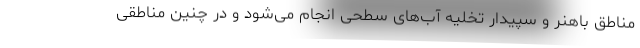
مناطق باهنر و سپیدار تخلیه آب‌های سطحی انجام می‌شود و در چنین مناطقی